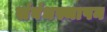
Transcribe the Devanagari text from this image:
संबंधस्थापन